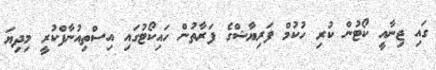
ގައި ޖިނާއީ ކޯޓުން ކުރި ހުކުމް ފަރިޔާޝްގެ ފަރާތުން ހައިކޯޓުގައި އިސްތިއުނާފްކުރީ މިދިޔަ